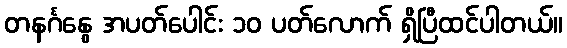
တနင်္ဂနွေ အပတ်ပေါင်း ၁၀ ပတ်လောက် ရှိပြီထင်ပါတယ်။